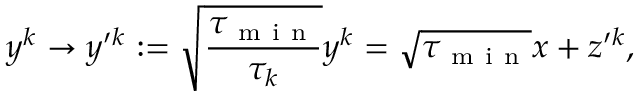
y ^ { k } \rightarrow y ^ { \prime k } : = \sqrt { \frac { \tau _ { \mathrm { ~ m ~ i ~ n ~ } } } { \tau _ { k } } } y ^ { k } = \sqrt { \tau _ { \mathrm { ~ m ~ i ~ n ~ } } } x + z ^ { \prime k } ,